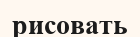
рисовать